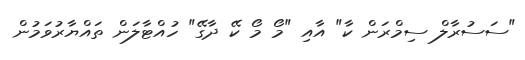
"ސަސުރާލް ސިމްރަން ކާ" އާއި "މޯ މޯ ކޭ ދާގޭ" ހުއްޓާލަން ތައްޔާރުވަމުން